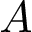
A